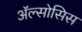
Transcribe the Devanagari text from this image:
ॲल्सोसिस